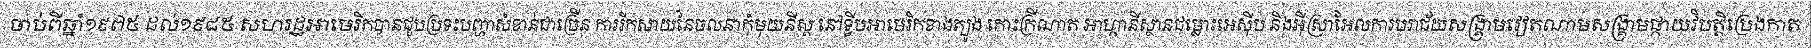
ចាប់ពីឆ្នាំ១៩៧៥ ដល់១៩៨៥ សហរដ្ឋអាមេរិកបានជួបប្រទះបញ្ហាសំខាន់ជាច្រើន ការរីកសាយនៃចលនាកុំមុយនីស្ត នៅទ្វីបអាមេរិកខាងត្បូង កោះក្រីណាត អាហ្កានីស្ថានជម្លោះអេស៊ីប និងអ៊ីស្រាអែលការបរាជ័យសង្គ្រាមវៀតណាមសង្គ្រាមផ្កាយវិបត្តិប្រេងកាត